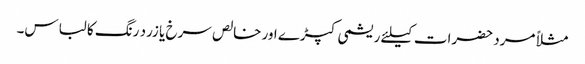
مثلاً مرد حضرات کیلئے ریشمی کپڑے اور خالص سرخ یا زرد رنگ کا لباس۔